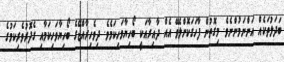
ބަދަލުތަކެއް އަންނަމުންނެވެ. މިގޮތުން ފާހަގަކޮށްލެވޭ އެއް ދާއިރާއަކީ ބޯހިޔާވަހިކަމެވެ. ދިވެހިރާއްޖޭގެ ބޯހިޔާވަހިކަމާއި ގެދޮރުވެރިކަމުގެ